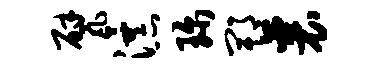
甓瀑珍郫襄